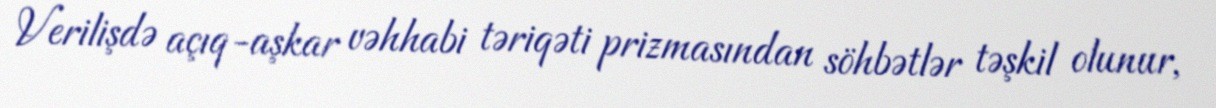
Verilişdə açıq-aşkar vəhhabi təriqəti prizmasından söhbətlər təşkil olunur,